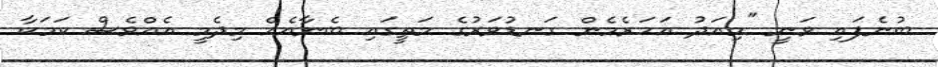
ބުނެފައި ވަނީ "މިއަދު އަހަރެމެން ގަނޑުވަރުގެ މަތީގައި ބެނާއެއް މިދެމީ އެއްވެސް ކަމަކާ